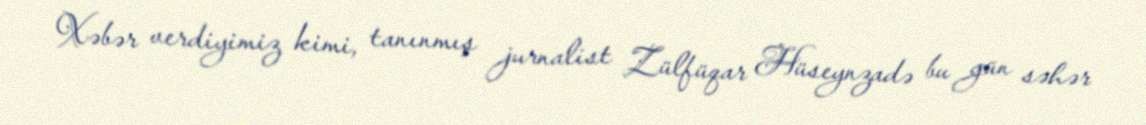
Xəbər verdiyimiz kimi, tanınmış jurnalist Zülfüqar Hüseynzadə bu gün səhər